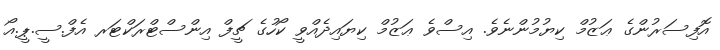
އޮފިސަރުންގެ ޢަޒުމް ކިޔުމުންނެވެ. އިސްވެ ޢަޒުމް ކިޔައިދެއްވީ ކޯހުގެ ޗީފް އިންސްޓްރަކްޓަރ އެފް.ސީ.ޕީ.އޯ